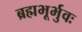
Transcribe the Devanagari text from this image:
ब्रह्मभूर्भुवः